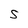
Character: S